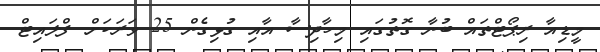
މީޑިއާ ރިޕޯޓްތައް ބުނާ ގޮތުގައި މިހާދިސާ އާއި ގުޅިގެން 25 ވަރަކަށް ފްލައިޓް